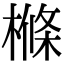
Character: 樤